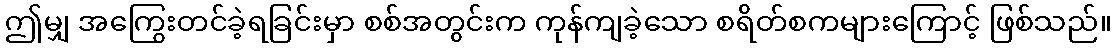
ဤမျှ အကြွေးတင်ခဲ့ရခြင်းမှာ စစ်အတွင်းက ကုန်ကျခဲ့သော စရိတ်စကများကြောင့် ဖြစ်သည်။